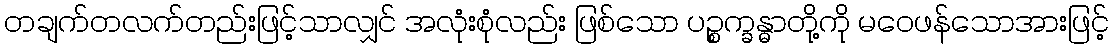
တချက်တလက်တည်းဖြင့်သာလျှင် အလုံးစုံလည်း ဖြစ်သော ပဉ္စက္ခန္ဓာတို့ကို မဝေဖန်သောအားဖြင့်